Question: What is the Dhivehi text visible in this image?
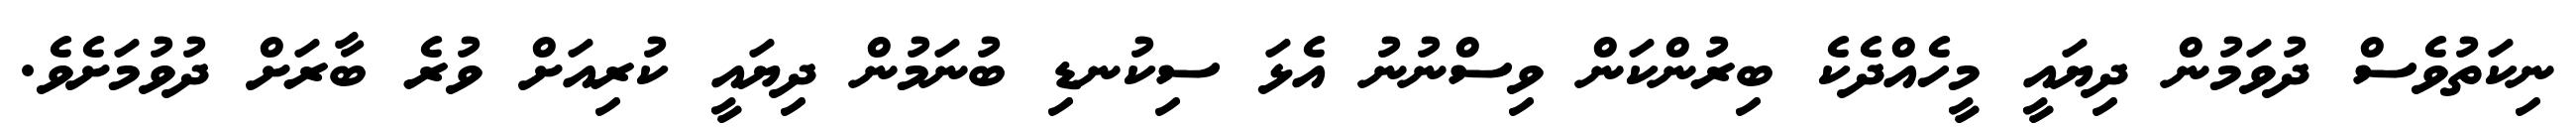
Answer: ނިކަތުވެސް ދުވަމުން ދިޔައީ މީހެއްދެކެ ބިރުންކަން ވިސްނުނު އެޅަ ސިކުނޑި ބުނަމުން ދިޔައީ ކުރިއަށް ވުރެ ބާރަށް ދުވުމަށެވެ.